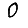
Digit: 0